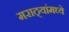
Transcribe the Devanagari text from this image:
मराठ्यांमध्ये